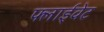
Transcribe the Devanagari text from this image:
फ्लाईवेट